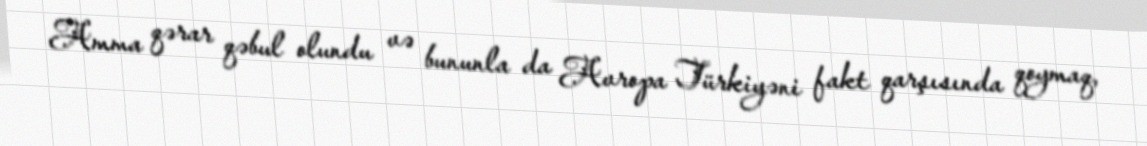
Amma qərar qəbul olundu və bununla da Avropa Türkiyəni fakt qarşısında qoymaq,